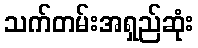
သက်တမ်းအရှည်ဆုံး